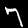
Label: 7